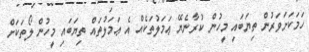
ހަމަކަށަވަރުން ތިޔަބައި މީހުން ކުރާނެޔޭ ޢަމަލުތަކެއް އެ ޢަމަލުތައް ތިޔަބައި މީހުން ލޯތަކަށް